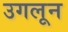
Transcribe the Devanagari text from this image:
उगलून